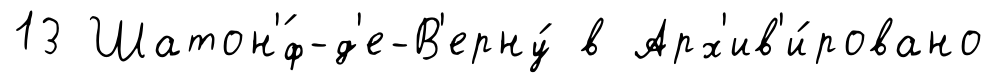
13 Шатон'́ф-д'е-В'ерну́ в Арх'ив'и́ровано